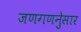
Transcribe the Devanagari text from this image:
जणगणनेुसार